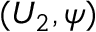
( U _ { 2 } , \psi )